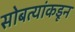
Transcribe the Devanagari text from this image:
सोबत्यांकडून